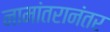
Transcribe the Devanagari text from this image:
नामांतरानंतर